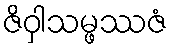
ဇိဝှါသမ္ဖဿဇံ